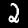
Label: 2